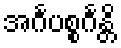
အင်္ဂပစ္စင်္ဂန္တိ